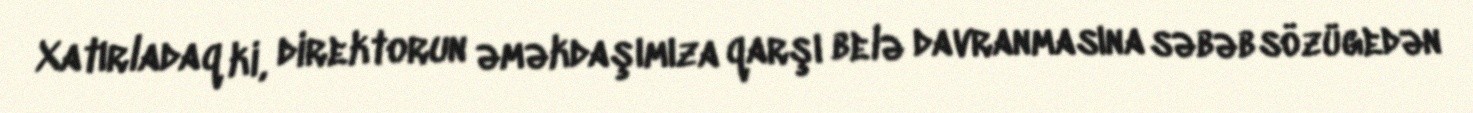
Xatırladaq ki, direktorun əməkdaşımıza qarşı belə davranmasına səbəb sözügedən